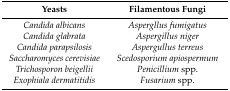
<table><thead><tr><td><b>Yeasts</b></td><td><b>Filamentous Fungi</b></td></tr></thead><tbody><tr><td><i>Candida albicans</i></td><td><i>Aspergllus fumigatus</i></td></tr><tr><td><i>Candida glabrata</i></td><td><i>Aspergillus niger</i></td></tr><tr><td><i>Candida parapsilosis</i></td><td><i>Aspergullus terreus</i></td></tr><tr><td><i>Saccharomyces cerevisiae</i></td><td><i>Scedosporium apiospermum</i></td></tr><tr><td><i>Trichosporon beigellii</i></td><td><i>Penicillium</i> spp.</td></tr><tr><td><i>Exophiala dermatitidis</i></td><td><i>Fusarium</i> spp.</td></tr></tbody></table>